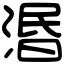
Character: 湣